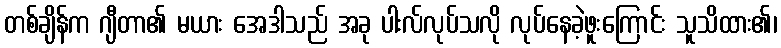
တစ်ချိန်က ဂျီတာ၏ မယား အေဒါသည် အခု ပါးလ်လုပ်သလို လုပ်နေခဲ့ဖူးကြောင်း သူသိထား၏၊